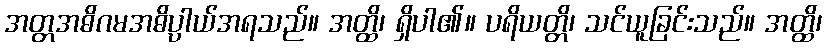
အတ္တအဓိဂမအဓိပ္ပာယ်အရသည်။ အတ္ထိ၊ ရှိပါ၏။ ပရိယတ္တိ၊ သင်ယူခြင်းသည်။ အတ္ထိ၊